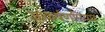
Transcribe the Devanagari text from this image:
आकर्षणनियम